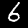
Label: 6